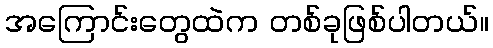
အကြောင်းတွေထဲက တစ်ခုဖြစ်ပါတယ်။